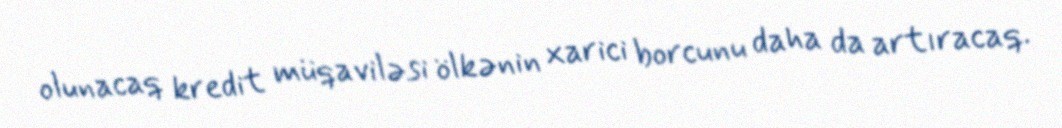
olunacaq kredit müqaviləsi ölkənin xarici borcunu daha da artıracaq.